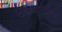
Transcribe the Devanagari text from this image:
पैलिआर्कटिक